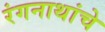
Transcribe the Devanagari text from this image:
रंगनाथांचे